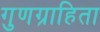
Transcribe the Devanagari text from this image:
गुणग्राहिता